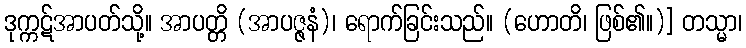
ဒုက္ကဋ်အာပတ်သို့။ အာပတ္တိ (အာပဇ္ဇနံ)၊ ရောက်ခြင်းသည်။ (ဟောတိ၊ ဖြစ်၏။)] တသ္မာ၊